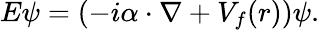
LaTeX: E\psi=(-i{\mathbf\alpha}\cdot\nabla+V_{f}(r))\psi.